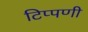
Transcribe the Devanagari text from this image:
टिप्‍पणी